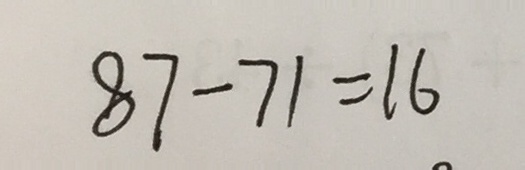
8 7 - 7 1 = 1 6